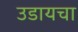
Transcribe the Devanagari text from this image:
उडायचा